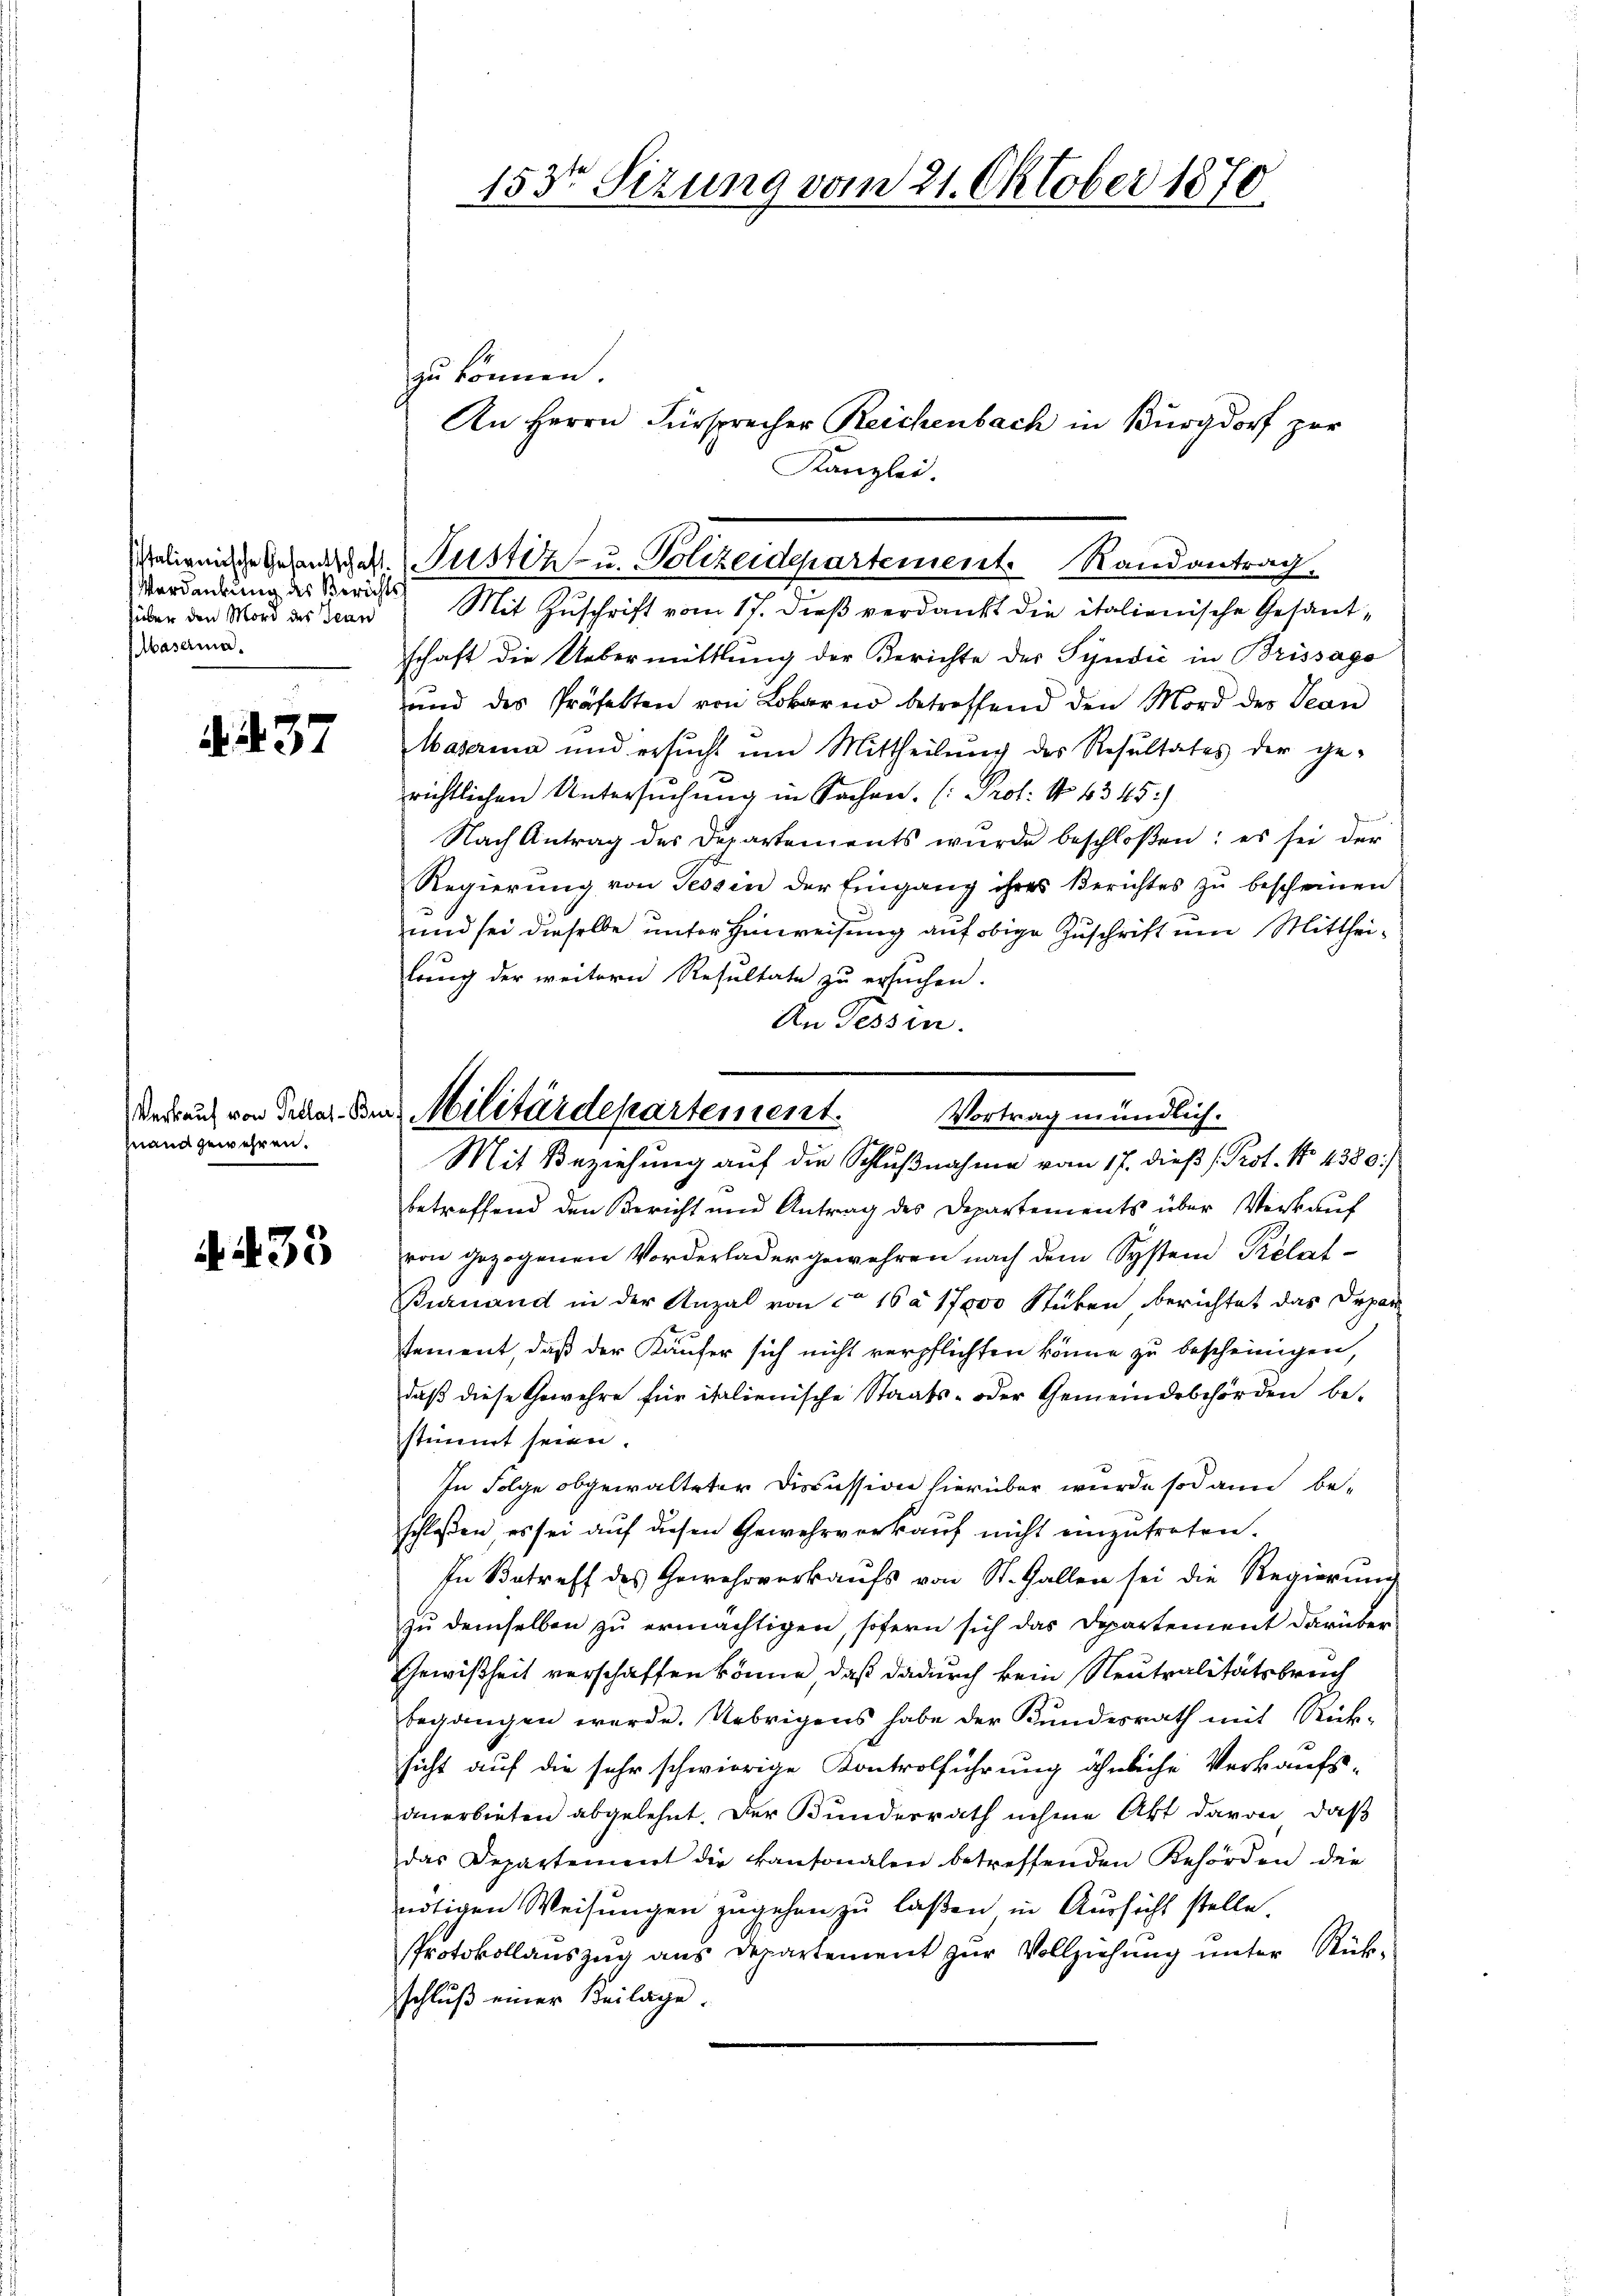
Verdankung des Berichts
hüben den Mord des Jean
Masama.

. 37

Grand gewehren.

35

153ten Sizung vom 21. Oktober 1870

zu können.
An Herrn Fürsprecher Reichenbach in Burgdorf zur
Kanzlei.
schaft die Uebermittlung der Berichte der Syndić in Brissago
rand des Präfekten von Lobarn betreffend den Mord der Bean
Masaria und ersŭcht um Mittheilŭng des Resultates der ge-
richtlichen Untersuchung in Sachen. (: Prof. No. 4345)
Nach Antrag des Departements wŭrde beschloßen: es sei der
Regierŭng von Tessin der Eingang ihres Berichtes zŭ bescheinen:
und sei dieselbe unter Hinweisung auf obige Zuschrift um Mittheilung der weitern Resultate zu ersuchen.
An Tessin.
betreffend den Bericht und Antrag des Departements über Verkauf
von gezogenen Vorderladergewehren nach dem System Prélat-
Buruand in der Anzal von ca 16 à 17000 Stücken berichtet das Depar
stement, daß der Käufer sich nicht verpflichten könne zu bescheinigen,
daß diese Gewehre für italienische Staats- oder Gemeindsbehörden bestimmt seien.
In Folge obgewalteter Discussion hierüber wurde sodann be-
schloßen es sei auf diesen Gewehrverkauf nicht einzutreten.
In Betreff des Gewehrverkaŭfs von St. Gallen sei die Regierŭng
zu demselben zu ermächtigen, sofern sich das Departement darüber
Ehewißheit verschaffen könne, daß dadurch kein Neutralitätsbruch
begangen werde. Uebrigens habe der Kundesrath mit Rück-
sicht auf die sehr schwierige Kontrolführung ähnliche Verkaufsanerbieten abgelehnt. Der Bunderrath nehme Akt davon, daß
das Departement die kantonalen betreffenden Behörden die
nötigen Weisungen zugehen zu laßen in Aussicht stelle.
Protokollauszug aus Departement zur Vollziehung unter Rückschluß einer Beilage.

Malienische Gesandtscher Justiz- u. Polizeidepartement Randantrag
Mit Zuschrift vom 17. dieß verdankt die italienische Gesand¬

derrauch von Schler Benz Militärdepartement.
Vortrag mündlich.
Mit Beziehung auf die Schlußnahme vom 17. dieß (Prot. No. 4380/